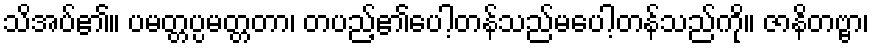
သိအပ်၏။ ပမတ္တပ္ပမတ္တတာ၊ တပည့်၏ပေါ့တန်သည်မပေါ့တန်သည်ကို။ ဇာနိတဗ္ဗာ၊